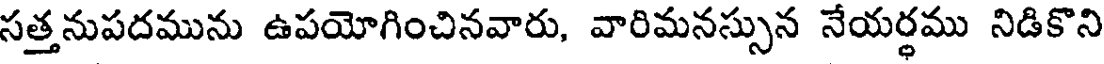
సత్త నుపదమును ఉపయోగించినవారు, వారిమనస్సున నేయర్ధము నిడికొని